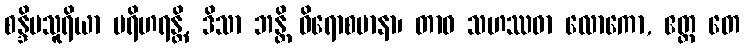
စန္ဒိမသူရိယာ ပရိဟရန္တိ, ဒိသာ ဘန္တိ ဝိရောစမာနာ၊ တာဝ သဟဿဓာ လောကော, ဧတ္ထ တေ